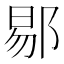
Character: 𬪉